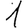
Digit: 1